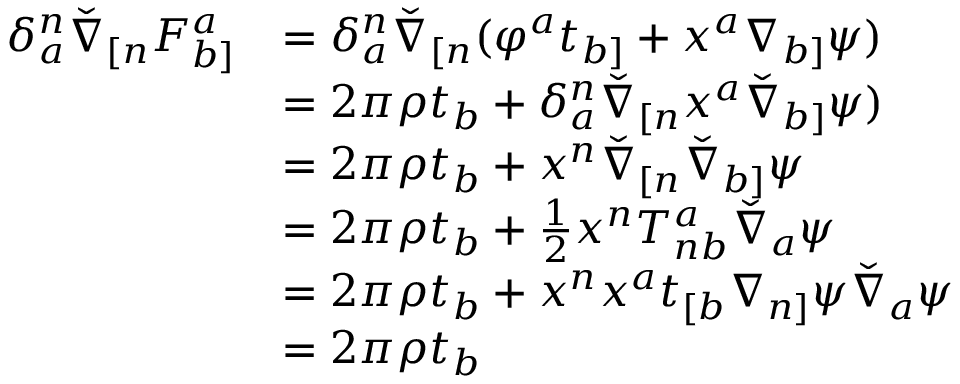
\begin{array} { r l } { \delta ^ { n } _ { a } \check { \nabla } _ { [ n } F ^ { a } _ { b ] } } & { = \delta ^ { n } _ { a } \check { \nabla } _ { [ n } ( \varphi ^ { a } t _ { b ] } + x ^ { a } \nabla _ { b ] } \psi ) } \\ & { = 2 \pi \rho t _ { b } + \delta ^ { n } _ { a } \check { \nabla } _ { [ n } x ^ { a } \check { \nabla } _ { b ] } \psi ) } \\ & { = 2 \pi \rho t _ { b } + x ^ { n } \check { \nabla } _ { [ n } \check { \nabla } _ { b ] } \psi } \\ & { = 2 \pi \rho t _ { b } + \frac { 1 } { 2 } x ^ { n } T ^ { a } _ { n b } \check { \nabla } _ { a } \psi } \\ & { = 2 \pi \rho t _ { b } + x ^ { n } x ^ { a } t _ { [ b } \nabla _ { n ] } \psi \check { \nabla } _ { a } \psi } \\ & { = 2 \pi \rho t _ { b } } \end{array}